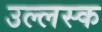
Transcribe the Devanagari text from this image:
उल्लस्क